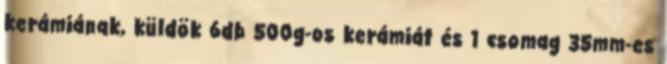
kerámiának, küldök 6db 500g-os kerámiát és 1 csomag 35mm-es